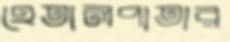
হেতালপাতার